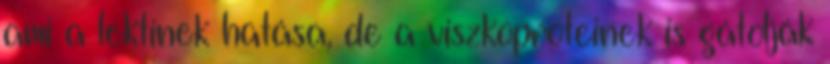
ami a lektinek hatása, de a viszkoproteinek is gátolják